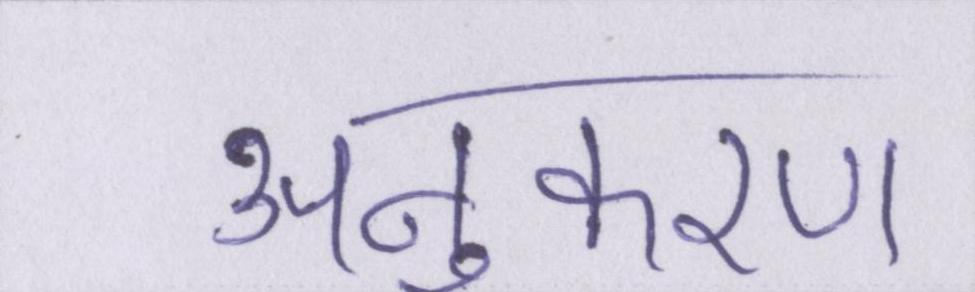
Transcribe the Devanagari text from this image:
अनुकरण